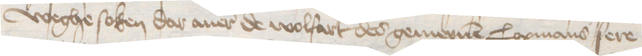
weghe soken dar auer de wolfart des gemeynen Copmans sere